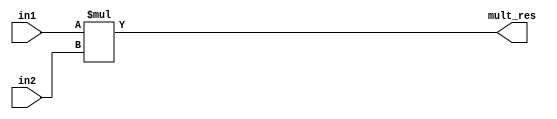
`timescale 1ns / 1ps

module dsp_mult(
    input [5:0] in1,
    input [5:0] in2,
    output [11:0] mult_res
    );
	assign mult_res = in1 * in2;
endmodule